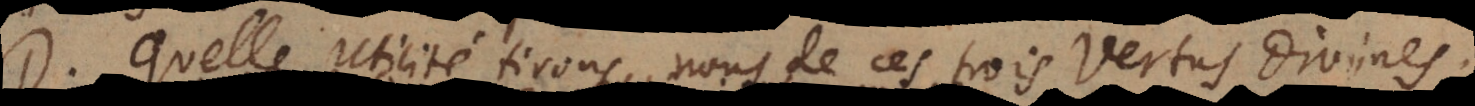
D. Quelle utilité tirons‐nous de ces trois Vertus Divines?